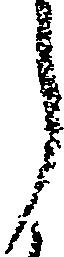
う